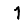
Digit: 1